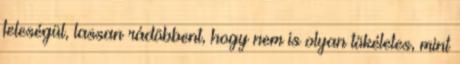
feleségül, lassan rádöbbent, hogy nem is olyan tökéletes, mint